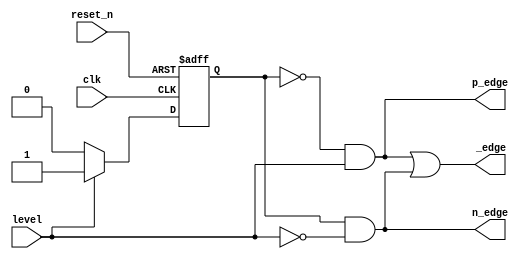
`timescale 1ns / 1ps
//////////////////////////////////////////////////////////////////////////////////
// Company: 
// Engineer: 
// 
// Design Name: 
// Module Name: edge_detector
// Project Name: 
// Target Devices: 
// Tool Versions: 
// Description: 
// 
// Dependencies: 
// 
// Revision:
// Revision 0.01 - File Created
// Additional Comments:
// 
//////////////////////////////////////////////////////////////////////////////////


module edge_detector(
    input clk, reset_n,
    input level,
    output p_edge, n_edge, _edge
    );
    
    // Edge detector with Mealy outputs
    reg state_reg, state_next;
    parameter s0 = 0, s1 = 1;
    
    // Sequential state registers
    always @(posedge clk, negedge reset_n)
    begin
        if (~reset_n)
            state_reg <= s0;
        else
            state_reg <= state_next;
    end
    
    // Next state logic
    always @(*)
    begin
        case(state_reg)
            s0: if (level)
                    state_next = s1;
                else
                    state_next = s0;
            s1: if (level)
                    state_next = s1;
                else
                    state_next = s0;
            default: state_next = s0;                
        endcase
    end
    
    // Output logic
    assign p_edge = (state_reg == s0) & level;
    assign n_edge = (state_reg == s1) & ~level;
    assign _edge = p_edge | n_edge;
    
endmodule